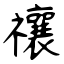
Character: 禳